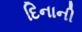
દિનાની